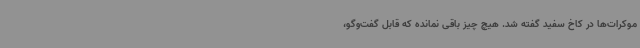
موکرات‌ها در کاخ سفید گفته شد. هیچ چیز باقی نمانده که قابل گفت‌وگو،